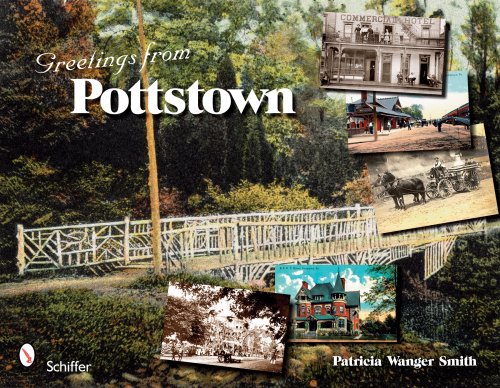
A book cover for Greetings from Pottstown; Patricia Wanger Smith; Crafts, Hobbies & Home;